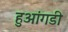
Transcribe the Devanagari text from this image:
हुआंगडी